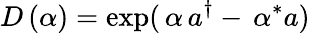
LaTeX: D\left(\alpha\right)=\exp(\, \alpha\, a^{\dagger}-\, \alpha^{*}a)